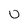
Character: U